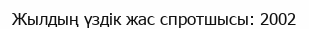
Жылдың үздік жас спротшысы: 2002